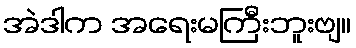
အဲဒါက အရေးမကြီးဘူးဗျ။